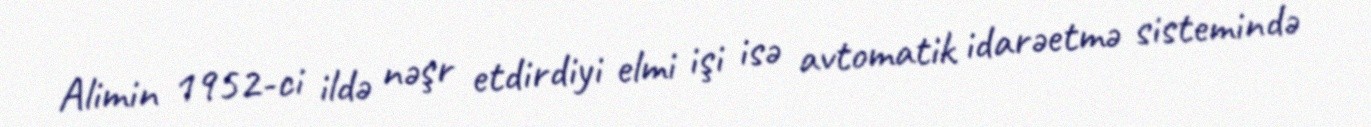
Alimin 1952-ci ildə nəşr etdirdiyi elmi işi isə avtomatik idarəetmə sistemində